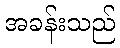
အခန်းသည်